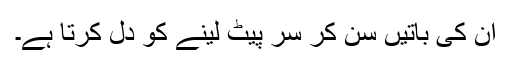
ان کی باتیں سن کر سر پیٹ لینے کو دل کرتا ہے۔